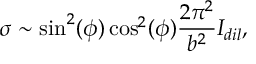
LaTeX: \sigma \sim \sin ^ { 2 } ( \phi ) \cos ^ { 2 } ( \phi ) \frac { 2 \pi ^ { 2 } } { b ^ { 2 } } I _ { d i l } ,